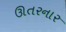
ઊતરનાર